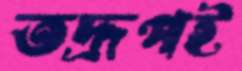
তদ্রূপই